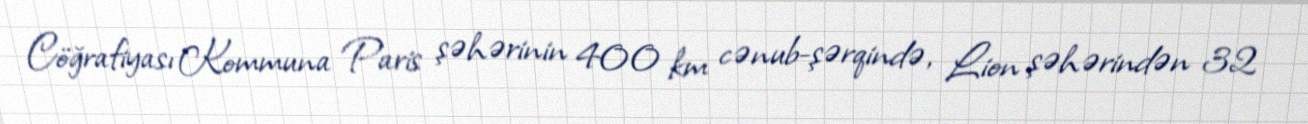
Cöğrafiyası Kommuna Paris şəhərinin 400 km cənub-şərqində, Lion şəhərindən 32